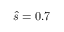
\hat { s } = 0 . 7